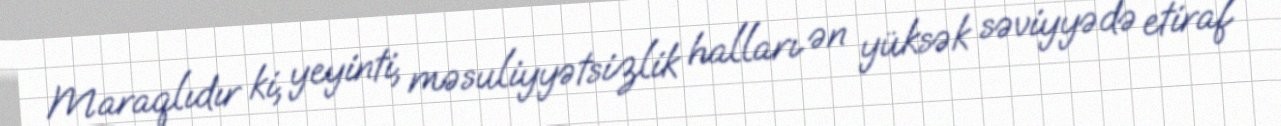
Maraqlıdır ki, yeyinti, məsuliyyətsizlik halları ən yüksək səviyyədə etiraf